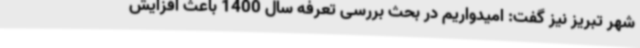
شهر تبریز نیز گفت: امیدواریم در بحث بررسی تعرفه سال 1400 باعث افزایش